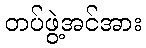
တပ်ဖွဲ့အင်အား